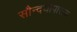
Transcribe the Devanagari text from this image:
सौन्दर्योपासक